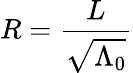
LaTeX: R=\frac{L}{\sqrt{\Lambda_{0}}}